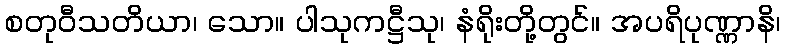
စတုဝီသတိယာ၊ သော။ ပါသုကဋ္ဌီသု၊ နံရိုးတို့တွင်။ အပရိပုဏ္ဏာနိ၊